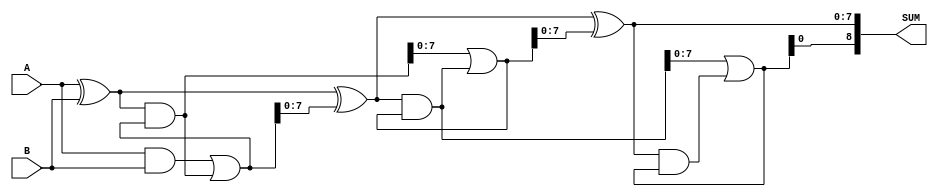
module carry_select_adder(
    input [7:0] A,
    input [7:0] B,
    output reg [8:0] SUM
);

reg [8:0] C0, C1, C2;
reg [7:0] P0, P1, P2;
reg [7:0] G0, G1, G2;

assign P0 = A ^ B;
assign G0 = A & B;

assign P1 = P0 ^ C0;
assign G1 = P0 & C0;

assign P2 = P1 ^ C1;
assign G2 = P1 & C1;

assign SUM = {C2, P2};

always @(*) begin
    C0 = G0 | (P0 & C0);
    C1 = G1 | (P1 & C1);
    C2 = G2 | (P2 & C2);
end

endmodule